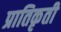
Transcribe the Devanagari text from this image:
प्रातिकृती